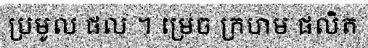
ប្រមូល ផល ។ ម្រេច ក្រហម ផលិត